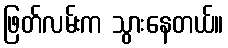
ဖြတ်လမ်းက သွားနေတယ်။